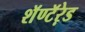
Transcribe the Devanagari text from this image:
शॅण्टॅऱेड